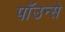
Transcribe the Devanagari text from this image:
पाॅउन्से